Medical and sanitary report of the native army of Madras for the year
Year: 1878
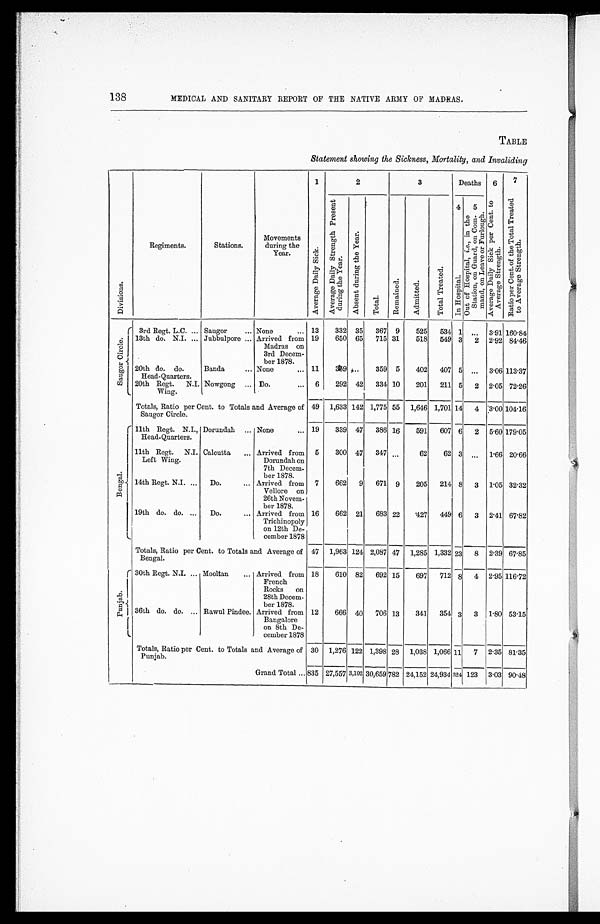
MEDICAL AND SANITARY REPORT OF THE NATIVE ARMY OF MADRAS.
TABLE
Statement showing the Sickness, Mortality, and Invaliding
D i v i s i o n s .
Regiments.
Stations.
Movements
during the
Year.
1
2
3
Deaths
6
7
A v e r a g e D a i l y S i c k .
A d v e r a g e D a i l y S t r e n g t h P r e s e n t d u r i n g t h e Y e a r .
A b s e n t d u r i n g t h e y e a r .
T o t a l .
R e m a i n e d .
A d m i t t e d .
T o t a l T r e a t e d .
4 I n H o s p i t a l .
5 O u t o f H o s p i t a l ,i
. e . ,i
n t h eS
t a t i o n , o n G u a r d , o n C o m - m a n d , o n L e a v e o r F u r l o u g h.
A v e r a g e D a i l y S i c k p e r C e n t , t o A v e r a g e S t r e n g t h .
R a t i o P e r C e n t . o f t h e T o t a l T r e a t e d t o A v e r a g e S t r e n g t h .
S a u g o r C i r c l e . 3rd Regt. L.C. . . . Saugor . . .
None . . . 13
332
35
367
9
525
534 1
. . .
3.91 160.84
13th do. N.I. . . . Jubbulpore . . . Arrived from
Madras on
3rd Decem-
ber 1878.
19
650
65
715 31
518
549 3
2
2.92 84.46
20th do. do.
Head-Quarters.
Banda . . .
None . . . 11
359 . . .
359
5
402
407 5
. . .
3.. 06 113.37
20th Regt.
N.I.
Wing.
Nowgong . . .
Do.
. . . 6
292
42
334 10
201
211 5
2
2.05 72.26
Totals, Ratio per Cent. to Totals and Average of
Saugor Circle.
49
1,633 142 1,775 55
1,646 1,701 14
4
3 . 00 104.16
1
S a u g o r C i r c l e .
11th Regt. N.I.,
Head-Quarters.
Dorundah . . . None . . . 19
339
47
386 16
591
607 6
2
5.60 179.05
11th Regt.
N.I.
Left Wing.
Calcutta . . . Arrived from
Dorundah on
7th Decem -
ber 1878.
5
300
47
347
. . .
62
62 3
. . .
1.66 20.66
14th Regt. N.I. . . .
Do. . . . Arrived from
Vellore on
26th Novem -
ber 1878.
7
662
9
671
9
205
214 8
3
1.05 32.32
19th do. do. . . .
Do. . . . Arrived from
Trichinopoly
on 12th De -
cember 1878
16
662
21
683 22
427
449 6
3
2.41 67.82
Totals, Ratio per Cent. to Totals and Average of
Bengal.
47
1,963 124 2,087 47
1,285 1,332 23
8
2.39 67.85
P u n j a b
30th Regt. N.I. . . . Mooltan . . . Arrived from
French
Rocks on
28th Decem -
ber 1878.
18
610
82
692 15
697
712 8
4
2.95 116.72
36th do. do.
. . . Rawul Pindee. Arrived from
Bangalore
on 8th De
-cember 1878
12
666
40
706 13
341
354 3
3
1.80 53.15
Totals, Ratio per Cent. to Totals and Average of
Punjab.
30
1,276 122 1,398 28
1,038 1,066 11
7
2.35 81.35
Grand Total . . . 835 27,557 3,102 30,659 782 24,152 24,934 324 123
3.03 90.48
138